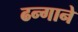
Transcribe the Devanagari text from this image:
ढन्गाने